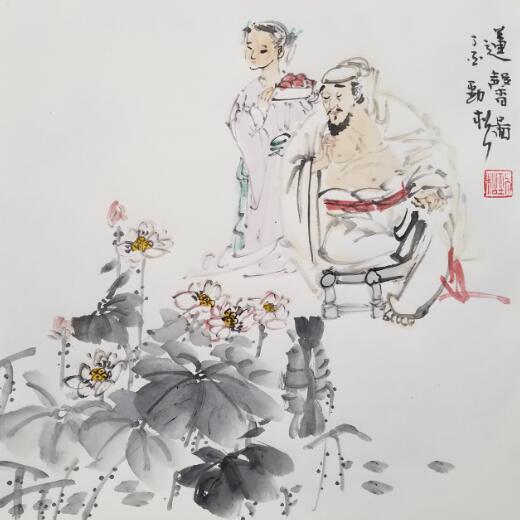
军气横大荒，战酣日将入。